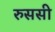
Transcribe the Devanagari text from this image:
रुससी